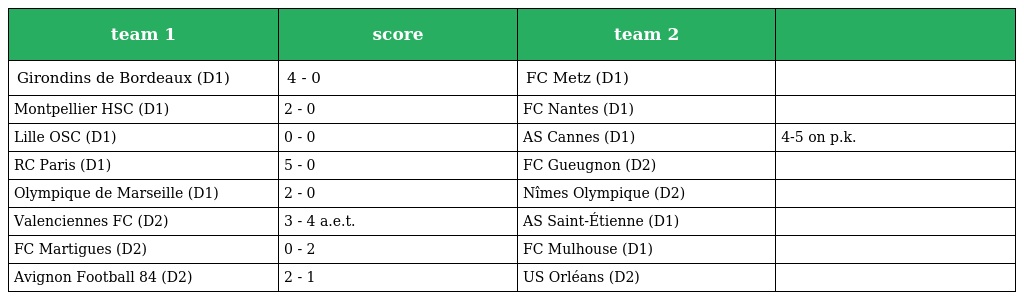
| team 1 | score | team 2 |  |
 | --- | --- | --- | --- |
 | Girondins de Bordeaux (D1) | 4 - 0 | FC Metz (D1) |  |
 | Montpellier HSC (D1) | 2 - 0 | FC Nantes (D1) |  |
 | Lille OSC (D1) | 0 - 0 | AS Cannes (D1) | 4-5 on p.k. |
 | RC Paris (D1) | 5 - 0 | FC Gueugnon (D2) |  |
 | Olympique de Marseille (D1) | 2 - 0 | Nîmes Olympique (D2) |  |
 | Valenciennes FC (D2) | 3 - 4 a.e.t. | AS Saint-Étienne (D1) |  |
 | FC Martigues (D2) | 0 - 2 | FC Mulhouse (D1) |  |
 | Avignon Football 84 (D2) | 2 - 1 | US Orléans (D2) |  |